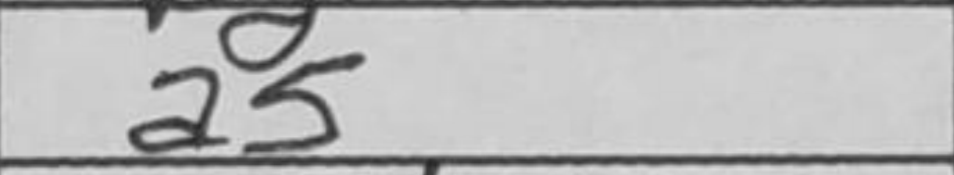
Transcription: a5